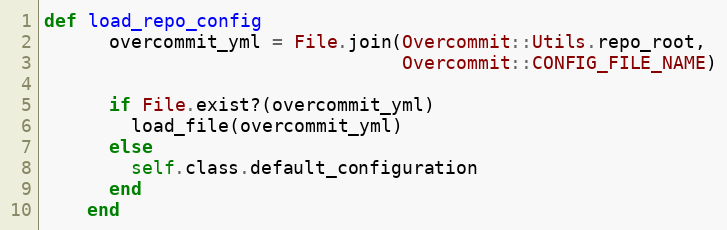
Language: Ruby
def load_repo_config
      overcommit_yml = File.join(Overcommit::Utils.repo_root,
                                 Overcommit::CONFIG_FILE_NAME)

      if File.exist?(overcommit_yml)
        load_file(overcommit_yml)
      else
        self.class.default_configuration
      end
    end